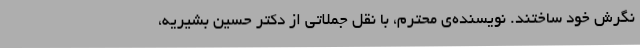
نگرش خود ساختند. نویسنده‌ی محترم، با نقل جملاتی از دکتر حسین بشیریه،